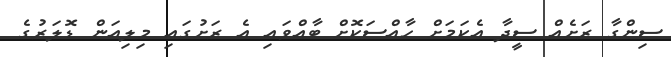
ސިންގާ ރަށެއް ސީދާ އެކަމަށް ހާއްސަކޮށް ބާއްވައި އެ ރަށުގައި މިލިއަން ޑޮލަރުގެ